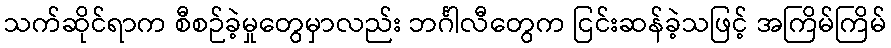
သက်ဆိုင်ရာက စီစဉ်ခဲ့မှုတွေမှာလည်း ဘင်္ဂါလီတွေက ငြင်းဆန်ခဲ့သဖြင့် အကြိမ်ကြိမ်